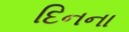
દિનના